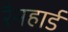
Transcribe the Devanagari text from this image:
रैनहार्ड